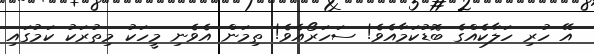
އޭ ހުރި ހަލާކެއްގެ ބޮޑުކަމާއެވެ! ސަހަރޯއެވެ! ތިމަން އެވެނި މީހަކު މިތުރަކު ކަމުގައި